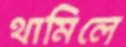
থামিলে